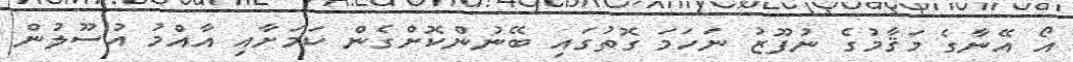
އޯ އޭނާގެ މަޤާމުގެ ނުފޫޒު ނަހަމަ ގޮތުގައި ބޭނުންކޮށްގެން ކަމަށާއި އާއްމު އުސޫލުން